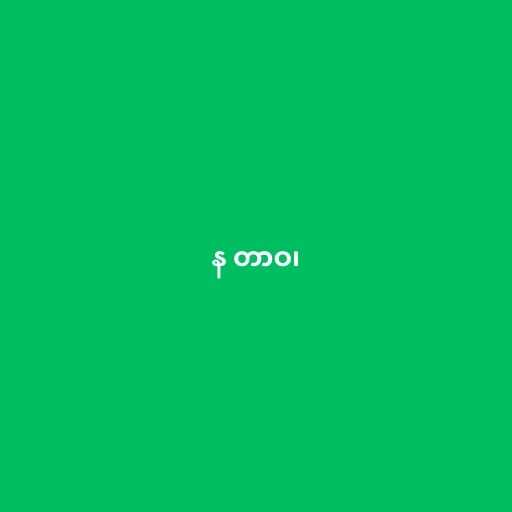
န တာဝ၊